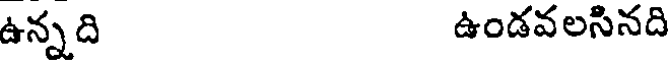
ఉన్నది ఉండవలసినది